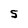
Character: S